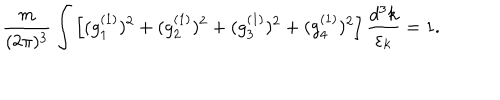
LaTeX: { \frac { m } { ( 2 \pi ) ^ { 3 } } } \int \left[ ( g _ { 1 } ^ { ( 1 ) } ) ^ { 2 } + ( g _ { 2 } ^ { ( 1 ) } ) ^ { 2 } + ( g _ { 3 } ^ { ( 1 ) } ) ^ { 2 } + ( g _ { 4 } ^ { ( 1 ) } ) ^ { 2 } \right] { \frac { d ^ { 3 } k } { \varepsilon _ { k } } } = 1 .